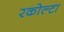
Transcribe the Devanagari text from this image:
रकोल्टा